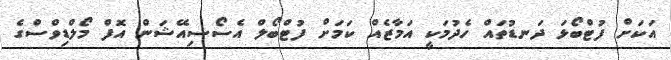
އަކަށް ފުޓްބޯޅަ ދަނޑުތައް ހެދުމަކީ އަމާޒެއް ކަމަށް ފުޓްބޯލް އެސޯސިއޭޝަން އޮފް މޯލްޑިވްސްގެ